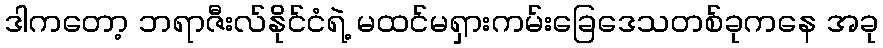
ဒါကတော့ ဘရာဇီးလ်နိုင်ငံရဲ့ မထင်မရှားကမ်းခြေဒေသတစ်ခုကနေ အခု